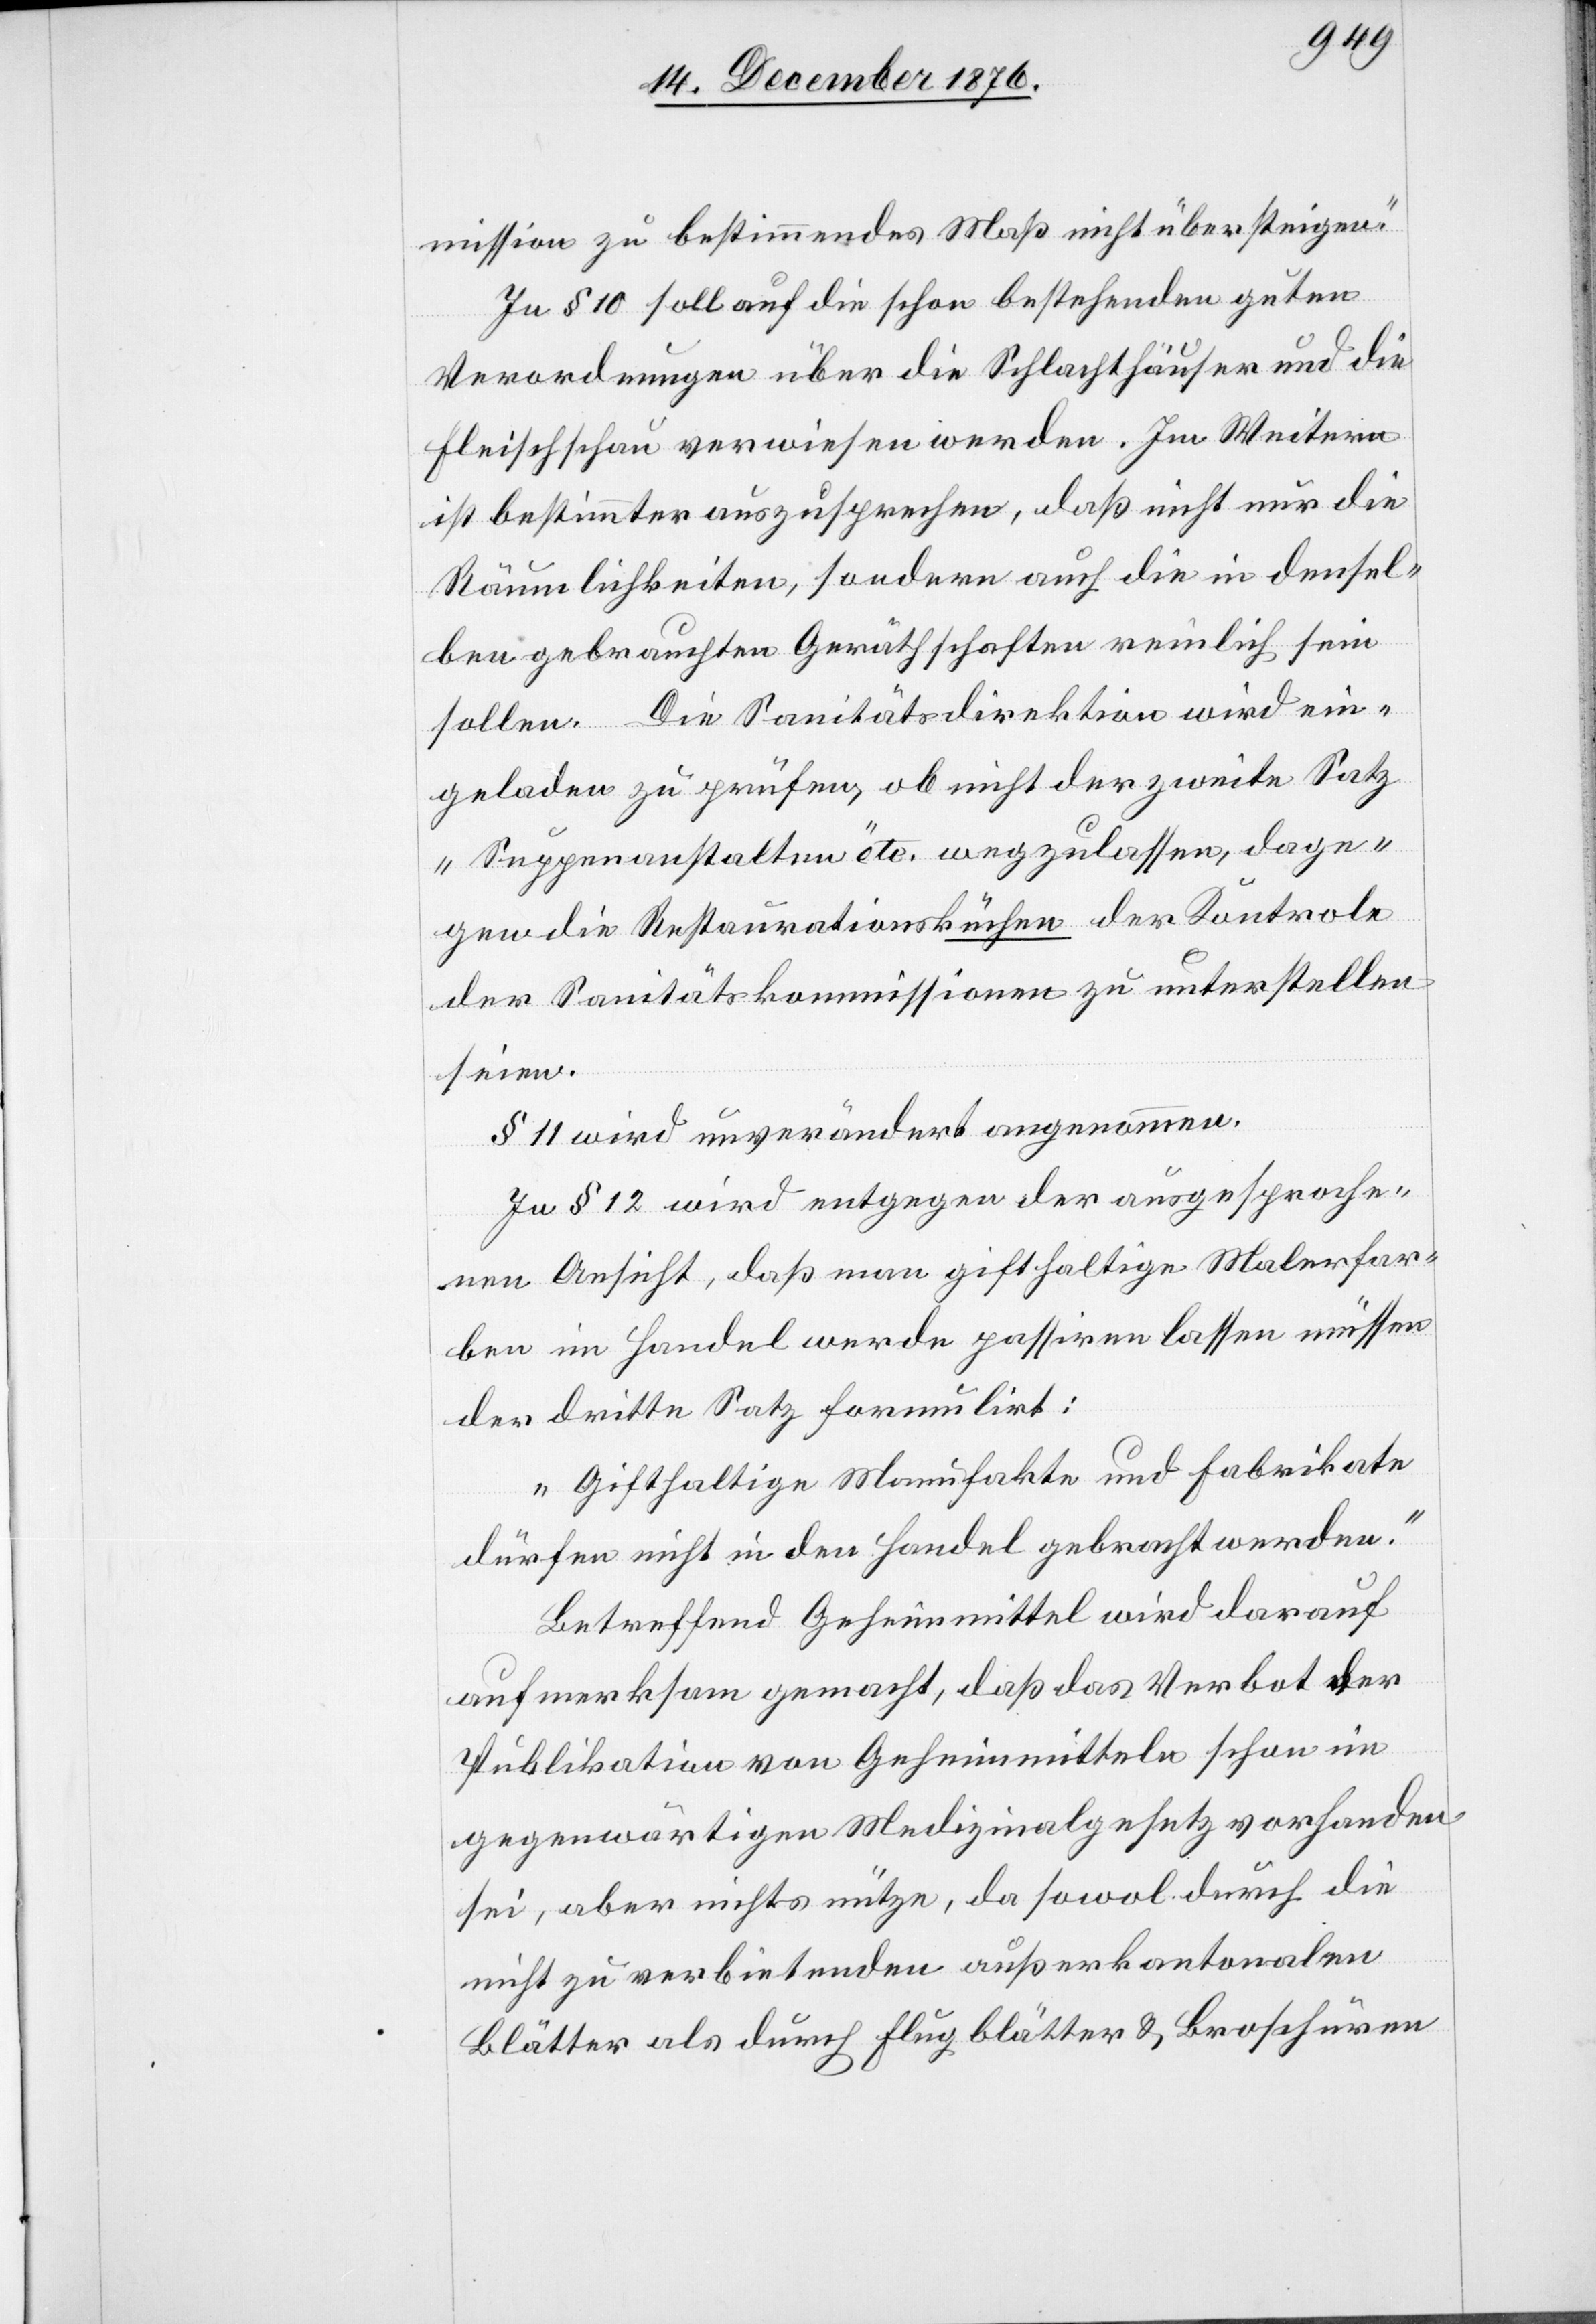
mission zu bestimmendes Maß nicht übersteigen.“
In § 10 soll auf die schon bestehenden guten
Verordnungen über die Schlachthäuser und die
Fleischschau verwiesen werden. Im Weitern
ist bestimmter auszusprechen, daß nicht nur die
Räumlichkeiten, sondern auch die in densel¬
ben gebrauchten Geräthschaften reinlich sein
sollen. Die Sanitätsdirektion wird ein¬
geladen zu prüfen, ob nicht der zweite Satz
„Suppenanstalten“ etc. wegzulassen, dage¬
gen die Restaurationsküchen der Kontrole
der Sanitätskommissionen zu unterstellen
seien.
§ 11 wird unverändert angenommen.
In § 12 wird entgegen der ausgesproche¬
nen Ansicht, daß man gifthaltige Malerfar¬
ben im Handel werde passiren lassen müssen
der dritte Satz formulirt:
„Gifthaltige Manufakte und Fabrikate
dürfen nicht in den Handel gebracht werden.“
Betreffend Geheimmittel wird darauf
aufmerksam gemacht, daß das Verbot der
Publikation von Geheimmitteln schon im
gegenwärtigen Medizinalgesetz vorhanden
sei, aber nichts nütze, da sowol durch die
nicht zu verbietenden außerkantonalen
Blätter als durch Flugblätter & Broschüren